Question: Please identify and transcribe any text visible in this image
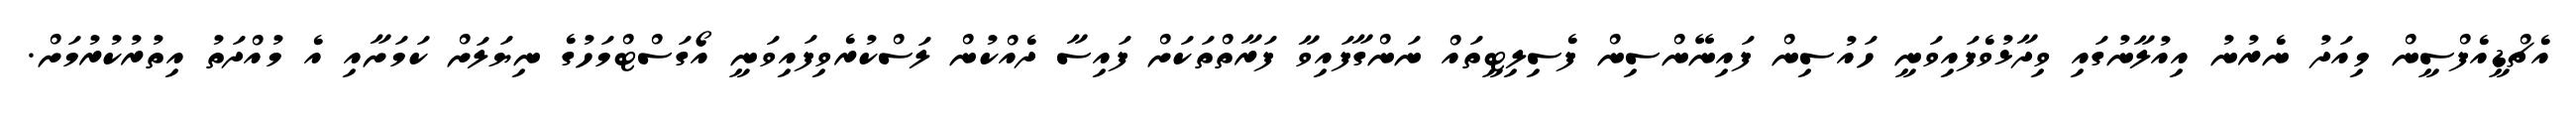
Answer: އެޗްޑީއެފްސީން މިއަދު ނެރުނު އިއުލާނުގައި ވިދާޅުވެފައިވަނީ ހައުސިން ފައިނޭންސިން ފެސިލިޓީތައް ނަންގާފައިވާ ފަރާތްތަކަށް ފައިސާ ދެއްކުން ލަސްކުރެވިފައިވަނީ އޯގަސްޓްމަހުގެ ނިޔަލަށް ކަމަށާއި އެ މުއްދަތު އިތުރުކުރުމަށް.